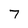
Character: 7